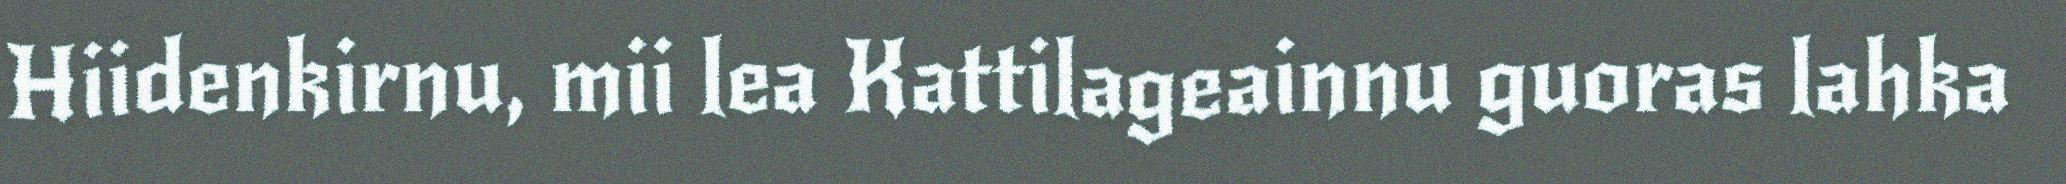
Hiidenkirnu, mii lea Kattilageainnu guoras lahka